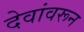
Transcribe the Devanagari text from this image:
देवांवरून